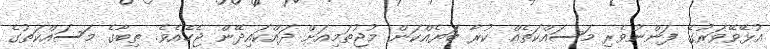
އުޅޭވޭވަރުުގެ ފަންނުވެރި މަސައްކަތެއް ކުރާ ބަޔެއްކަން މުޖުތަމިއަށް ދައްކައިދޭން ޖެހެއެވެ. ތިބާގެ މަސައްކަތުގެ